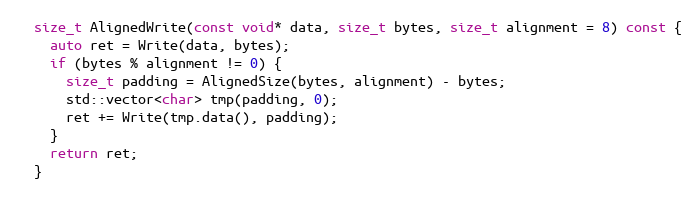
Language: C
  size_t AlignedWrite(const void* data, size_t bytes, size_t alignment = 8) const {
    auto ret = Write(data, bytes);
    if (bytes % alignment != 0) {
      size_t padding = AlignedSize(bytes, alignment) - bytes;
      std::vector<char> tmp(padding, 0);
      ret += Write(tmp.data(), padding);
    }
    return ret;
  }